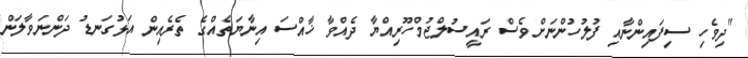
"ދިވެހި ސިފައިންނާއި ފުލުހުންނަށްވެސް ރައީސުލްޖުމްހޫރިއްޔާ ދެއްވާ ޚާއްސަ އިނާޔަތެއްގެ ތެރެއިން އަޅުގަނޑު ދަންނަވާލަން